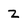
Character: z